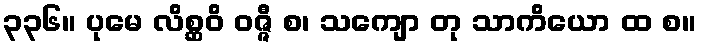
၃၃၆။ ပုမေ လိစ္ဆဝိ ဝဇ္ဇီ စ၊ သကျော တု သာကိယော ထ စ။